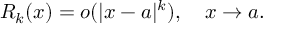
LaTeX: R _ { k } ( x ) = o ( | x - a | ^ { k } ) , \quad x \to a .